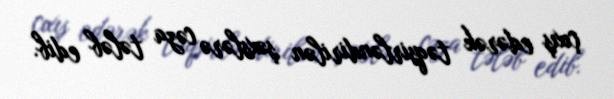
çıxış edərək təqsirləndirilən şəxslərə cəza tələb edib.